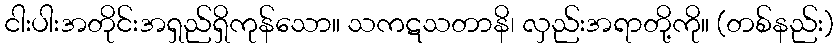
ငါးပါးအတိုင်းအရှည်ရှိကုန်သော။ သကဋသတာနိ၊ လှည်းအရာတို့ကို။ (တစ်နည်း)